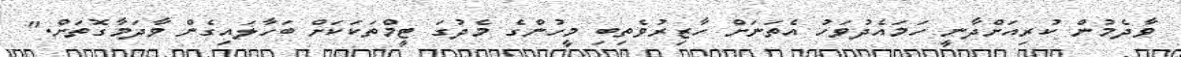
ވާދެމުން ކުރިއަށްދާނީ ހަމައެދުވަހު އެތަނަށް ހާޒިރުވެތިބި މީހުންގެ މެދުގަ ޓީމްތަކަކަށް ބަހާލައިގެން ވާދަމާގޮތަށް."